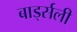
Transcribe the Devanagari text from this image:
बार्ड्सली